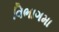
વિભાગમા